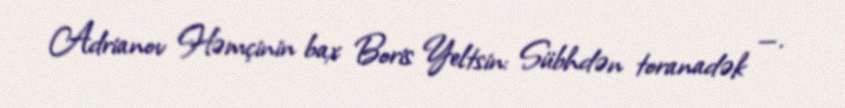
Adrianov Həmçinin bax Boris Yeltsin: Sübhdən toranadək —.